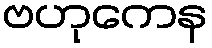
ဗဟုကေန